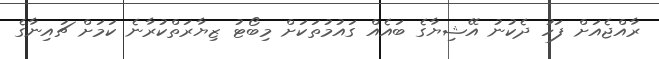
ރާއްޖެއަށް ފަހު ދެކުނު އޭޝިޔާގެ ބައެއް ގައުމުތަކަށް މިބޯޓު ޒިޔާރަތްކުރާނެ ކަމަށް ޗައިނާގެ